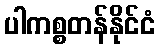
ပါကစ္စတန်နိုင်ငံ